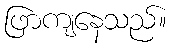
ဖြာကျနေသည်။